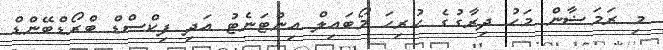
މި ރަމަޟާން މަހު ދިރާގުގެ ހުރިހަ މޯބައިލް އިންޓަނެޓު އަދި ފިކްސްޑް ބްރޯޑްބޭންޑް